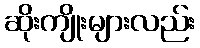
ဆိုးကျိုးများလည်း